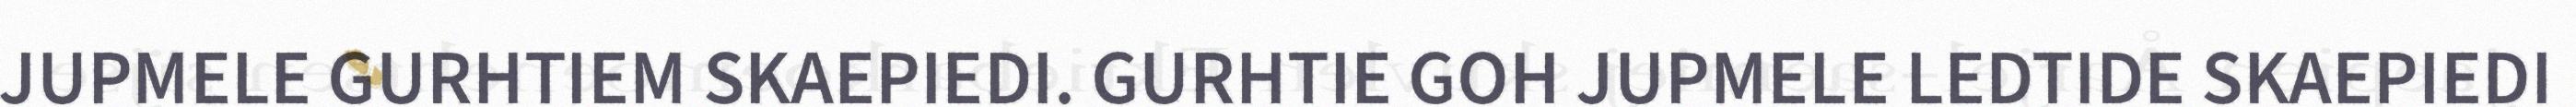
JUPMELE GURHTIEM SKAEPIEDI. GURHTIE GOH JUPMELE LEDTIDE SKAEPIEDI